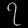
Digit: ၇